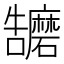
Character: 𭍁